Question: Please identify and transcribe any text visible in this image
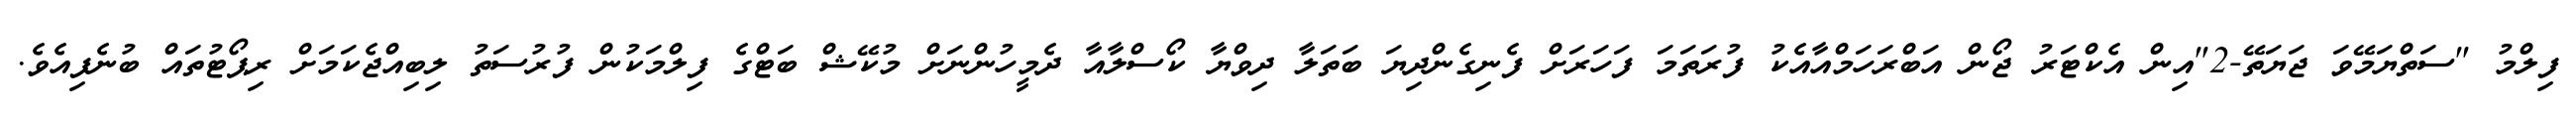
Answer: ފިލްމު "ސަތްޔަމޭވަ ޖަޔަތޭ-2"އިން އެކްޓަރު ޖޯން އަބްރަހަމްއާއެކު ފުރަތަމަ ފަހަރަށް ފެނިގެންދިޔަ ބަތަލާ ދިވްޔާ ކޯސްލާއާ ދެމީހުންނަށް މުކޭޝް ބަޓްގެ ފިލްމަކުން ފުރުސަތު ލިބިއްޖެކަމަށް ރިޕޯޓުތައް ބުނެފިއެވެ.